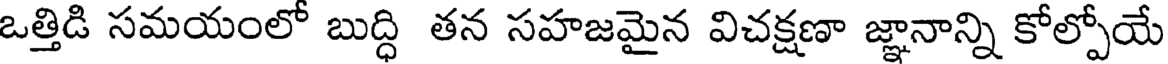
ఒత్తిడి సమయంలో బుద్ధి తన సహజమైన విచక్షణా జ్ఞానాన్ని కోల్పోయే